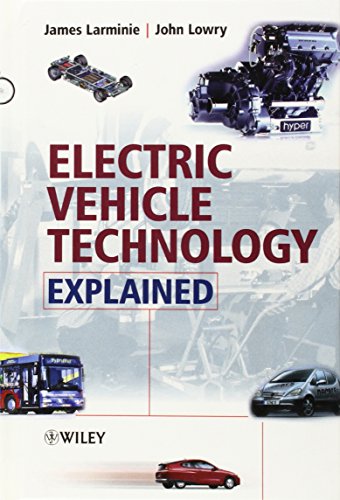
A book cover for Electric Vehicle Technology Explained; James Larminie; Engineering & Transportation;